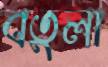
বতুলা